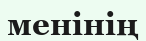
менінің